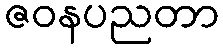
ဇဝနပညတာ